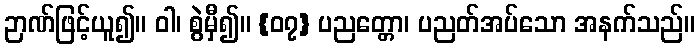
ဉာဏ်ဖြင့်ယူ၍။ ဝါ၊ စွဲမှီ၍။ {၀၇} ပညတ္တော၊ ပညတ်အပ်သော အနက်သည်။